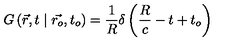
G \left( \vec { r } , t \mid \vec { r _ { o } } , t _ { o } \right) = \frac { 1 } { R } \delta \left( \frac { R } { c } - t + t _ { o } \right)